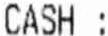
CASH :